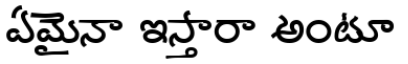
ఏమైనా ఇస్తారా అంటూ